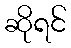
ဆိုရင်